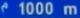
^{\prime}1000\